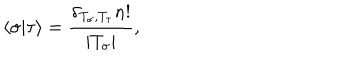
\langle \sigma | \tau \rangle = \frac { \delta _ { T _ { \sigma } , T _ { \tau } } n ! } { | T _ { \sigma } | } ,